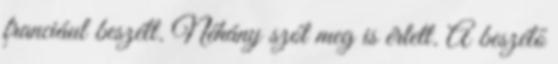
franciául beszélt. Néhány szót meg is értett. A beszélő